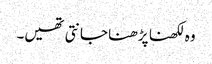
وہ لکھنا پڑھنا جانتی تھیں۔